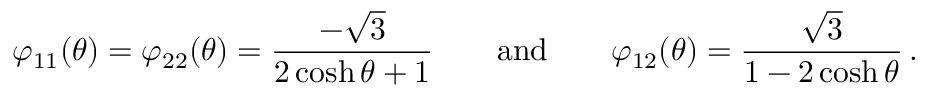
\varphi _ { 1 1 } ( \theta ) = \varphi _ { 2 2 } ( \theta ) = \frac { - \sqrt { 3 } } { 2 \cosh \theta + 1 } \qquad \mathrm { a n d } \qquad \varphi _ { 1 2 } ( \theta ) = \frac { \sqrt { 3 } } { 1 - 2 \cosh \theta } \, .